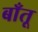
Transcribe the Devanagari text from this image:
बाँतू